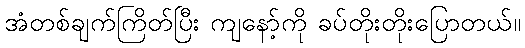
အံတစ်ချက်ကြိတ်ပြီး ကျနော့်ကို ခပ်တိုးတိုးပြောတယ်။